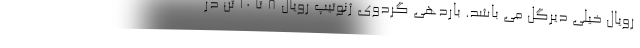
رویال خیلی دیرگل می باشد. باردهی گردوی ژنوتیپ رویال 8 تا 10 تن در